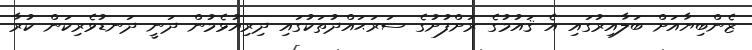
ޒެންބިޔާއަށް ބަލާއިރުގައި އެ ޤައުމުގެ ރަށްފުށުގެ ސަރަޙައްދުތަކުގައި ދިރިއުޅެމުން ދަނީ ދަނޑުވެރިކަން ކުރާ